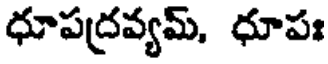
ధూపద్రవ్యమ్, ధూపః